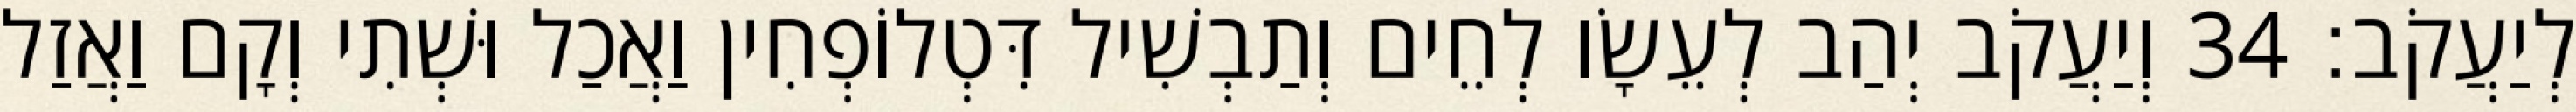
לְיַעֲקֹב׃ 34 וְיַעֲקֹב יְהַב לְעֵשָׂו לְחֵים וְתַבְשִׁיל דִּטְלוֹפְחִין וַאֲכַל וּשְׁתִי וְקָם וַאֲזַל